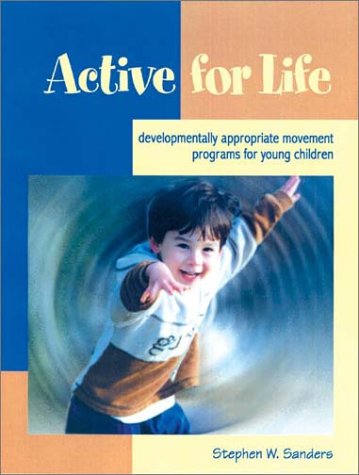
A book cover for Active for Life: Developmentally Appropriate Movement Programs for Young Children; Stephen W. Sanders; Sports & Outdoors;